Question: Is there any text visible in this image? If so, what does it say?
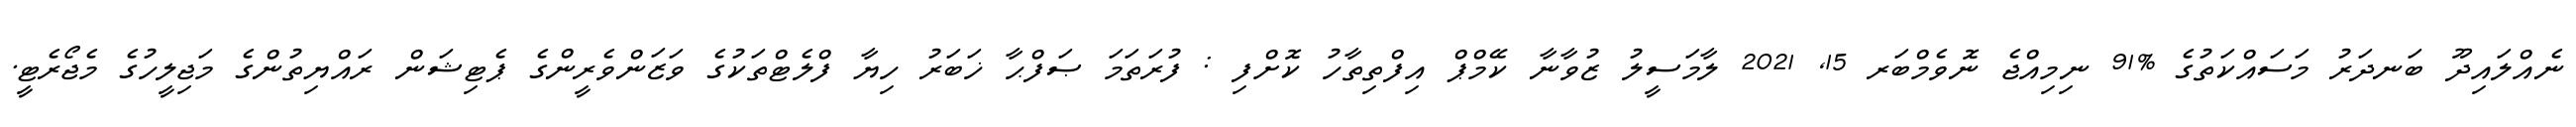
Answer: ނެއްލައިދޫ ބަނދަރު މަސައްކަތުގެ %91 ނިމިއްޖެ ނޮވެމްބަރ 15, 2021 ލާމަސީލު ޒުވާނާ ކޭމްޕް އިފްތިތާހު ކޮށްފި : ފުރަތަމަ ޞަފްޙާ ޚަބަރު ހިޔާ ފްލެޓްތަކުގެ ވަޒަންވެރީންގެ ޕެޓިޝަން ރައްޔިތުންގެ މަޖިލީހުގެ މެޖޯރެޓީ.